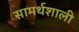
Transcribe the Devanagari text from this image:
सामर्थशाली